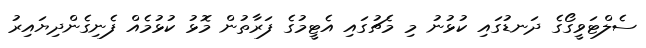
ސެލްޓަވީގޯގެ ދަނޑުގައި ކުޅުނު މި މެޗުގައި އެޓީމުގެ ފަރާތުން މޮޅު ކުޅުމެއް ފެނިގެންދިޔައިރު